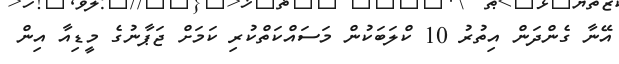
އޭނާ ގެންދަން އިތުރު 10 ކްލަބަކުން މަސައްކަތްކުރި ކަމަށް ޖަޕާނުގެ މީޑިއާ އިން